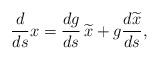
LaTeX: \begin{align*}\frac{d}{ds} x= \frac{dg}{ds} \, \widetilde{x}+ g \frac{d \widetilde{x}}{ds},\end{align*}